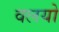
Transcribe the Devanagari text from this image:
वलयो